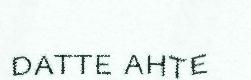
datte ahte